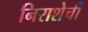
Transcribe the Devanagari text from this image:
निराशेची